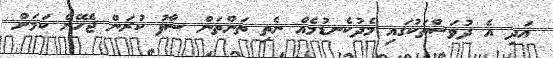
އަދި އެ ދުވަސްތަކުގައި މެދުކެނޑުމެއް ނެތި ތަންތަން ސާފު ކުރަން ޖެހޭނެ ކަމަށް